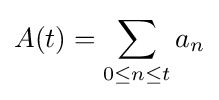
A(t)=\sum _{0\leq n\leq t}a_{n}